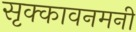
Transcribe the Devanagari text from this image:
सृक्कावनमनी